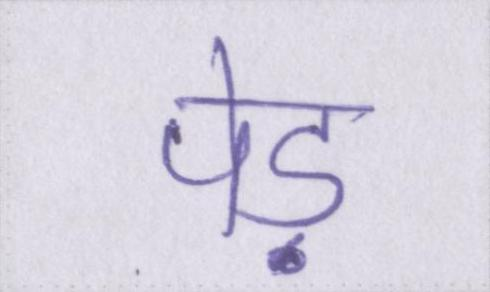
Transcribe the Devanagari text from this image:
पेड़